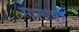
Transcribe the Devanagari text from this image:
सप्लाइज़